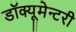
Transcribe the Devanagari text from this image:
डॉक्यूमेन्टरी